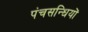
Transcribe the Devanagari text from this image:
पंचसन्धियों